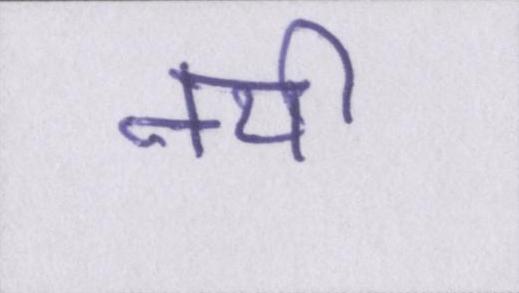
नयी